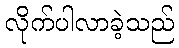
လိုက်ပါလာခဲ့သည်